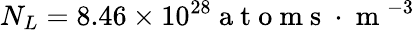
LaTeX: {{N}_{L}}=8.46\times{{10}^{28}}\mathrm{~a~t~o~m~s~}\cdot{{\mathrm{~m~}}^{-3}}